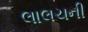
લાલચની